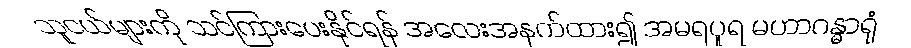
သူငယ်များကို သင်ကြားပေးနိုင်ရန် အလေးအနက်ထား၍ အမရပူရ မဟာဂန္ဓာရုံ